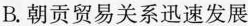
B.朝贡贸易关系迅速发展